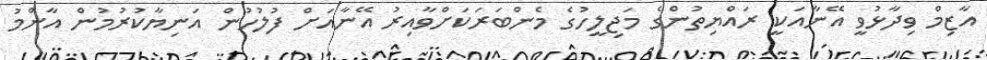
އާޒިމް ވިދާޅުވީ އޭނާއަކީ ރައްޔިތުންގެ މަޖިލީހުގެ މެންބަރަކަށްވާއިރު އޭނާއަށް ފުލުހުން އަނިޔާކުރުމުން އާންމު